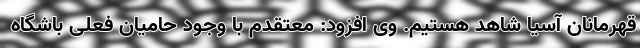
قهرمانان آسیا شاهد هستیم. وی افزود: معتقدم با وجود حامیان فعلی باشگاه